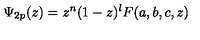
\Psi _ { 2 p } ( z ) = z ^ { n } ( 1 - z ) ^ { l } F ( a , b , c , z )